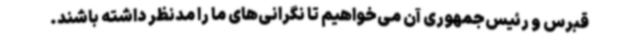
قبرس و رئیس‌جمهوری آن می‌خواهیم تا نگرانی‌های ما را مدنظر داشته باشند.